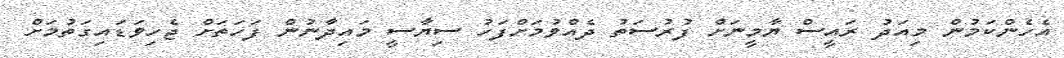
އެހެންކަމުން މިއަދު ރައީސް ޔާމީނަށް ފުރުސަތު ދެއްވުމަށްފަހު ސިޔާސީ މައިދާނުން ފަހަތަށް ޖެހިވަޑައިގަތުމަށް